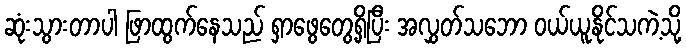
ဆုံးသွားတာပါ ဖြာထွက်နေသည် ရှာဖွေတွေ့ရှိပြီး အလွှတ်သဘော ဝယ်ယူနိုင်သကဲ့သို့